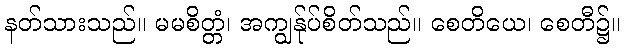
နတ်သားသည်။ မမစိတ္တံ၊ အကျွန်ုပ်စိတ်သည်။ စေတိယေ၊ စေတီ၌။